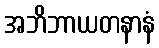
အဘိဘာယတနာနံ